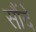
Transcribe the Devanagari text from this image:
सौंदे